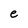
Character: e